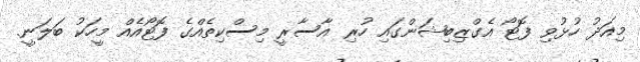
މިއަދު ހުޅުވި ފޮޓޯ އެގްޒިބިޝަންގައި ހުރި އާސާރީ މިސްކިތެއްގެ ފޮޓޯއެއް މީހަކު ބަލަނީ.